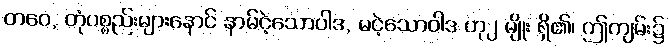
တဝေ, တုံပစ္စည်းများနောင် နာမ်ငဲ့သောဝါဒ, မငဲ့သောဝါဒ ဟု၂ မျိုး ရှိ၏၊ ဤကျမ်း၌